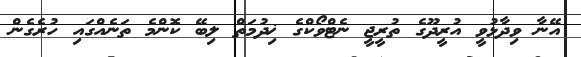
އޭނާ ވިދާޅުވީ އުރީދޫގެ ތުރީޖީ ނެޓްވޯކްގެ ޚިދުމަތް ލިބޭ ކޮންމެ ތަނެއްގައި ހުރެގެން